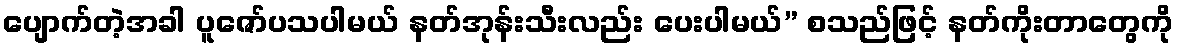
ပျောက်တဲ့အခါ ပူဇော်ပသပါမယ် နတ်အုန်းသီးလည်း ပေးပါမယ်” စသည်ဖြင့် နတ်ကိုးတာတွေကို